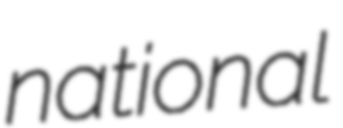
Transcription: national